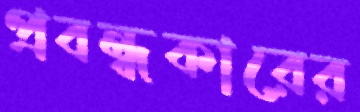
প্রবন্ধকারের